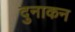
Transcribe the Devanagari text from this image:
दुनाकन